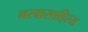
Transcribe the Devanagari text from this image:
गरबासाहित्य